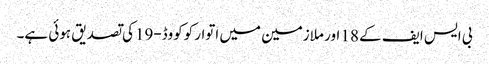
بی ایس ایف کے 18 اور ملازمین میں اتوار کوکووڈ-19کی تصدیق ہوئی ہے۔